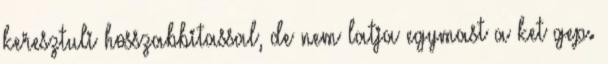
keresztuli hosszabbitassal, de nem latja egymast a ket gep.